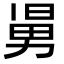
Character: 𠢎